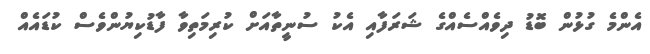
އެންމެ ގުޅުން ބޮޑު ދިވެއްސެއްގެ ޝަރަފާއި އެކު ސުނީތާއަށް ކުރިމަތިވާ ފާޑުކިޔުންވެސް ކުޑައެއް